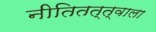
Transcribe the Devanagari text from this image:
नीतितत्त्वाला